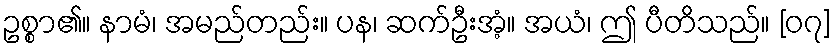
ဥစ္စာ၏။ နာမံ၊ အမည်တည်း။ ပန၊ ဆက်ဦးအံ့။ အယံ၊ ဤ ပီတိသည်။ [၀၇]